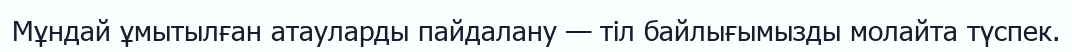
Мұндай ұмытылған атауларды пайдалану — тіл байлығымызды молайта түспек.